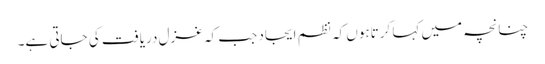
چنانچہ میں کہا کرتاہوں کہ نظم ایجاد جب کہ غزل دریافت کی جاتی ہے۔